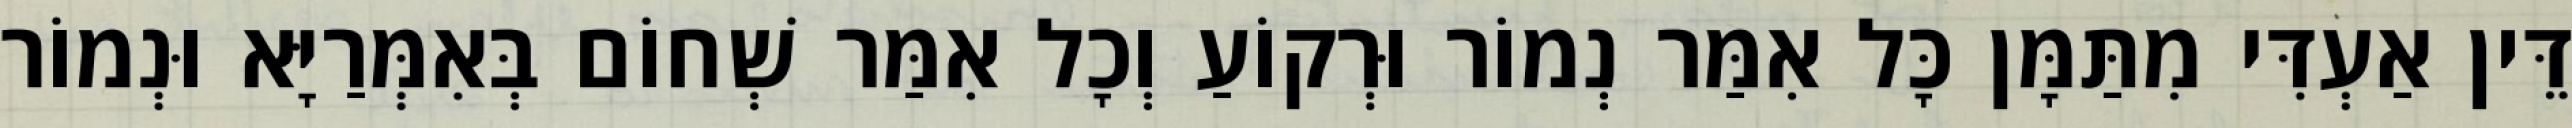
דֵּין אַעְדִּי מִתַּמָּן כָּל אִמַּר נְמוֹר וּרְקוֹעַ וְכָל אִמַּר שְׁחוֹם בְּאִמְּרַיָּא וּנְמוֹר